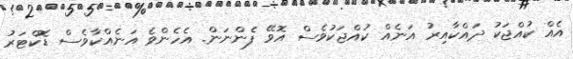
އެއް ކުއްޖަކު ދައްކާއިރު އަނެއް ކުއްޖަކުވެސް އޮވޭ ފެންނަން. އެހެންވެ އަނެއްކާވެސް ޑޮކްޓަރު